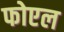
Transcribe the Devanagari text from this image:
फोएल